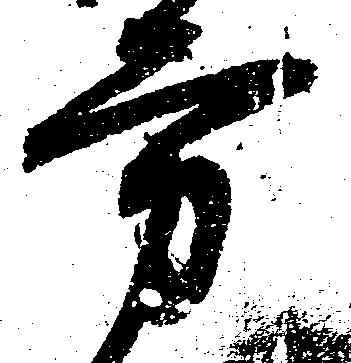
方